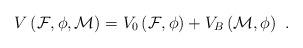
LaTeX: \begin{align*}V\left({\cal F}, {\cal \phi}, {\cal M}\right)=V_0\left({\cal F},{\cal \phi}\right) + V_B\left({\cal M},{\cal \phi}\right) \ . \end{align*}